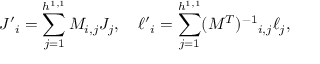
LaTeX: { J ^ { \prime } } _ { i } = \sum _ { j = 1 } ^ { h ^ { 1 , 1 } } M _ { i , j } J _ { j } , \quad { \ell ^ { \prime } } _ { i } = \sum _ { j = 1 } ^ { h ^ { 1 , 1 } } ( M ^ { T } ) ^ { - 1 } { } _ { i , j } \ell _ { j } ,